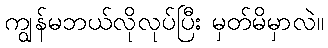
ကျွန်မဘယ်လိုလုပ်ပြီး မှတ်မိမှာလဲ။